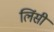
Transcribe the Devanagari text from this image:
लिंसी